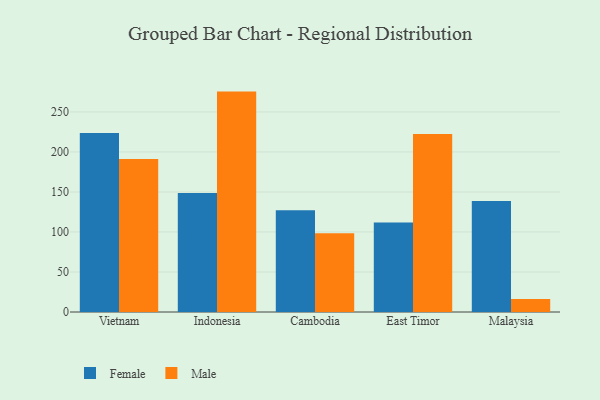
{"axis": {"x": "Country", "y": "Gross Profit (USD K)"}, "legend": ["Female", "Male"], "data": [{"x": "Vietnam", "y": 223.8, "type": "Female"}, {"x": "Vietnam", "y": 191.1, "type": "Male"}, {"x": "Indonesia", "y": 148.8, "type": "Female"}, {"x": "Indonesia", "y": 275.4, "type": "Male"}, {"x": "Cambodia", "y": 127.0, "type": "Female"}, {"x": "Cambodia", "y": 98.3, "type": "Male"}, {"x": "East Timor", "y": 111.7, "type": "Female"}, {"x": "East Timor", "y": 222.5, "type": "Male"}, {"x": "Malaysia", "y": 138.7, "type": "Female"}, {"x": "Malaysia", "y": 16.1, "type": "Male"}]}